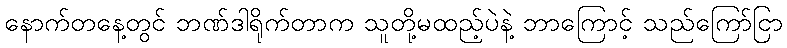
နောက်တနေ့တွင် ဘဏ်ဒါရိုက်တာက သူတို့မထည့်ပဲနဲ့ ဘာကြောင့် သည်ကြော်ငြာ